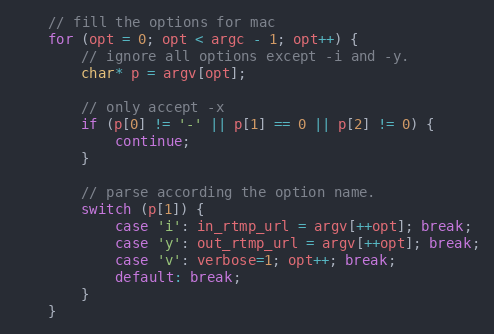
Language: C
    // fill the options for mac
    for (opt = 0; opt < argc - 1; opt++) {
        // ignore all options except -i and -y.
        char* p = argv[opt];

        // only accept -x
        if (p[0] != '-' || p[1] == 0 || p[2] != 0) {
            continue;
        }

        // parse according the option name.
        switch (p[1]) {
            case 'i': in_rtmp_url = argv[++opt]; break;
            case 'y': out_rtmp_url = argv[++opt]; break;
            case 'v': verbose=1; opt++; break;
            default: break;
        }
    }